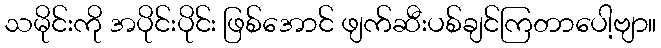
သမိုင်းကို အပိုင်းပိုင်း ဖြစ်အောင် ဖျက်ဆီးပစ်ချင်ကြတာပေါ့ဗျာ။